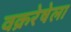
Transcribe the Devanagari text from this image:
वक्ररेषेला